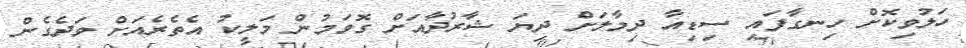
ހަލުވިކޮށް ހިނގާފައި ސިޑިއާ ދިމާލަށް ދިޔަ ޝާރުދާއަށް ގޮވަމުން މަލީކު އެތެރެއަށް ވަދެގެން